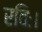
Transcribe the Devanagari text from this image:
रविः।